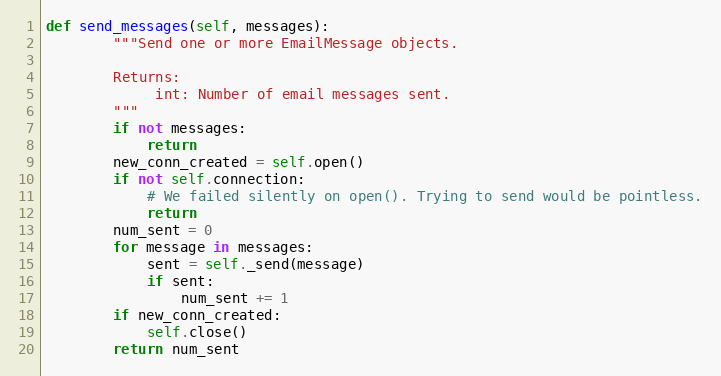
Language: Python
def send_messages(self, messages):
        """Send one or more EmailMessage objects.

        Returns:
             int: Number of email messages sent.
        """
        if not messages:
            return
        new_conn_created = self.open()
        if not self.connection:
            # We failed silently on open(). Trying to send would be pointless.
            return
        num_sent = 0
        for message in messages:
            sent = self._send(message)
            if sent:
                num_sent += 1
        if new_conn_created:
            self.close()
        return num_sent